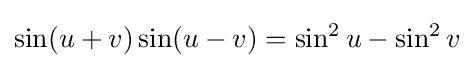
\sin(u+v)\sin(u-v)=\sin ^{2}u-\sin ^{2}v